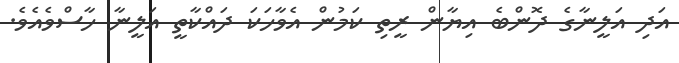
އަދި އަލީނާގެ ދޮންބެ އިޔާން ރީތި ކަމުން އެވާހަކަ ދައްކާތީ އަލީނާ ހާސްވެއެވެ.